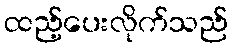
ထည့်ပေးလိုက်သည်